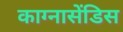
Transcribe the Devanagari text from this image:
काग्नासेंडिस